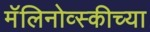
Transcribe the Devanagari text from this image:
मॅलिनोव्स्कीच्या